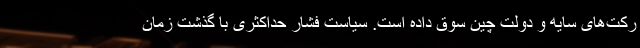
رکت‌های سایه و دولت چین سوق داده است. سیاست فشار حداکثری با گذشت زمان